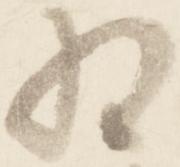
為